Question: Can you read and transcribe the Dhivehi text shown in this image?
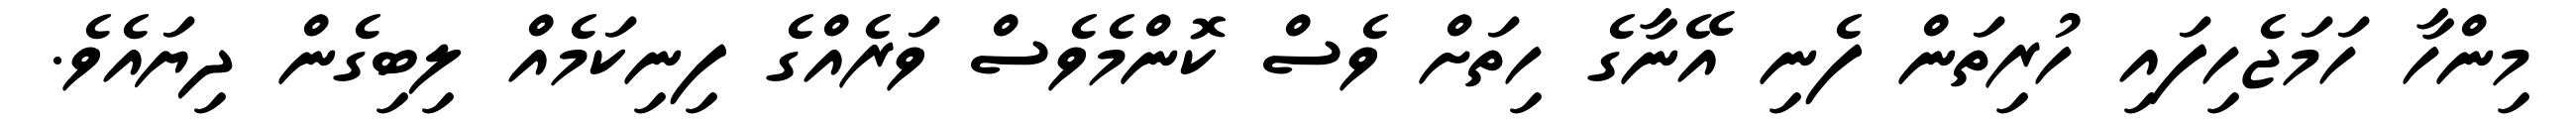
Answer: މިންހާ ހަމަޖެހިފައި ހުރިތަން ފެނި އޭނާގެ ހިތަށް ވެސް ކޮންމެވެސް ވަރެއްގެ ފިނިކަމެއް ލިބިގެން ދިޔައެވެ.